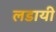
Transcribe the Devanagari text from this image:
लडायी